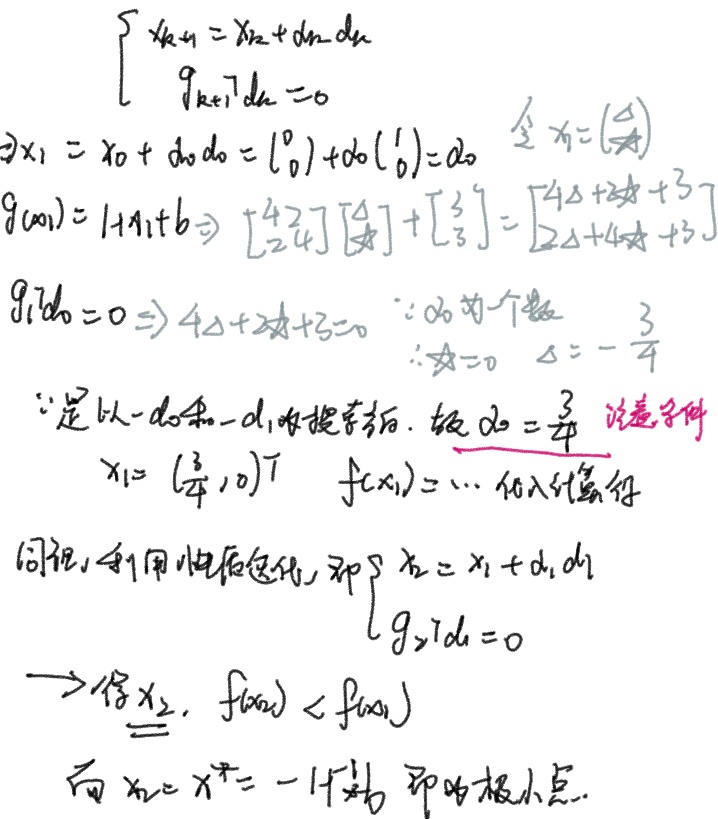
由\(\begin{cases}x_{k + 1}=x_{k}+d_{k}\alpha_{k}\\\nabla g(x_{k + 1})^{T}d_{k}=0\end{cases}\)可得：
\(x_{1}=x_{0}+d_{0}\alpha_{0}=\begin{pmatrix}0\\0\end{pmatrix}+d_{0}\begin{pmatrix}1\\0\end{pmatrix}=d_{0}\)
令\(x_{1}=\begin{pmatrix}\Delta\\☆\end{pmatrix}\)，已知\(g(x_{1}) = Hx_{1}+b\)，即\(\begin{bmatrix}4&2\\2&4\end{bmatrix}\begin{pmatrix}\Delta\\☆\end{pmatrix}+\begin{bmatrix}3\\3\end{bmatrix}=\begin{bmatrix}4\Delta + 2☆+3\\2\Delta+4☆ + 3\end{bmatrix}\)
又因为\(g(d_{0}) = 0\)，所以\(4\Delta+2☆ + 3 = 0\)
由于\(d_{0}\)为个数，所以\(☆ = 0\)，进而可得\(\Delta=-\frac{3}{4}\)
因为是以\(-\nabla d_{0}\)和\(-\nabla d_{1}\)为搜索方向，故\(d_{0}=\frac{3}{4}\)
注意条件\(x_{1}=\left(\frac{3}{4},0\right)^{T}\)
\(f(x_{1})=\cdots\) 代入计算得
同理，利用性质迭代，即由\(\begin{cases}x_{2}=x_{1}+d_{1}\alpha_{1}\\ \nabla g_{2}^{T}d_{1}=0\end{cases}\) 可得\(x_{2}\)，且\(f(x_{2})<f(x_{1})\)
而\(x_{k}=x^{*}=-H^{-1}b\) 即为极小点。